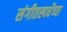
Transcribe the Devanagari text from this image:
संगीतस्पर्धेच्या